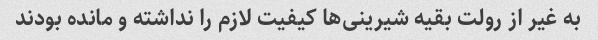
به غیر از رولت بقیه شیرینی‌ها کیفیت لازم را نداشته و مانده بودند